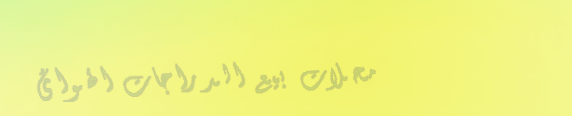
محلات بيع الدراجات الهوائ